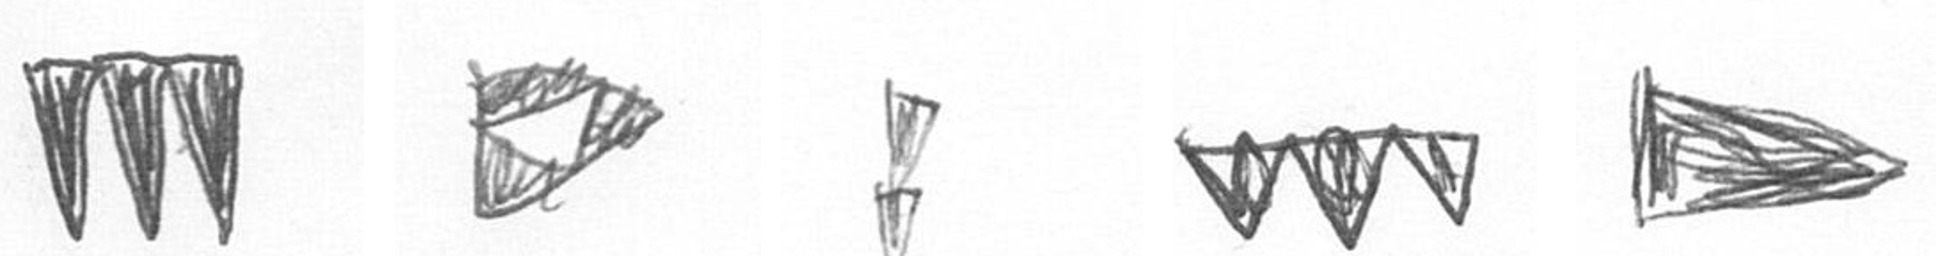
L K Z L T